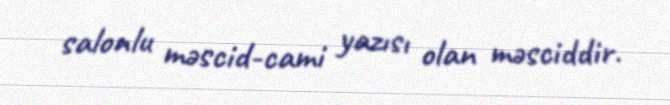
salonlu məscid-cami yazısı olan məsciddir.